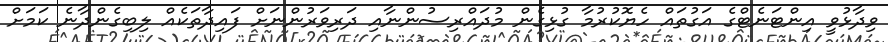
ވިދާޅުވީ އިންޓަނެޓްގެ އަގުތައް ހެޔޮކުރުމާ ގުޅިގެން މުދައްރިސުންނާއި ދަރިވަރުންނަށް ފައިދާތަކެއް ލިބިގެންދާނެ ކަމަށް